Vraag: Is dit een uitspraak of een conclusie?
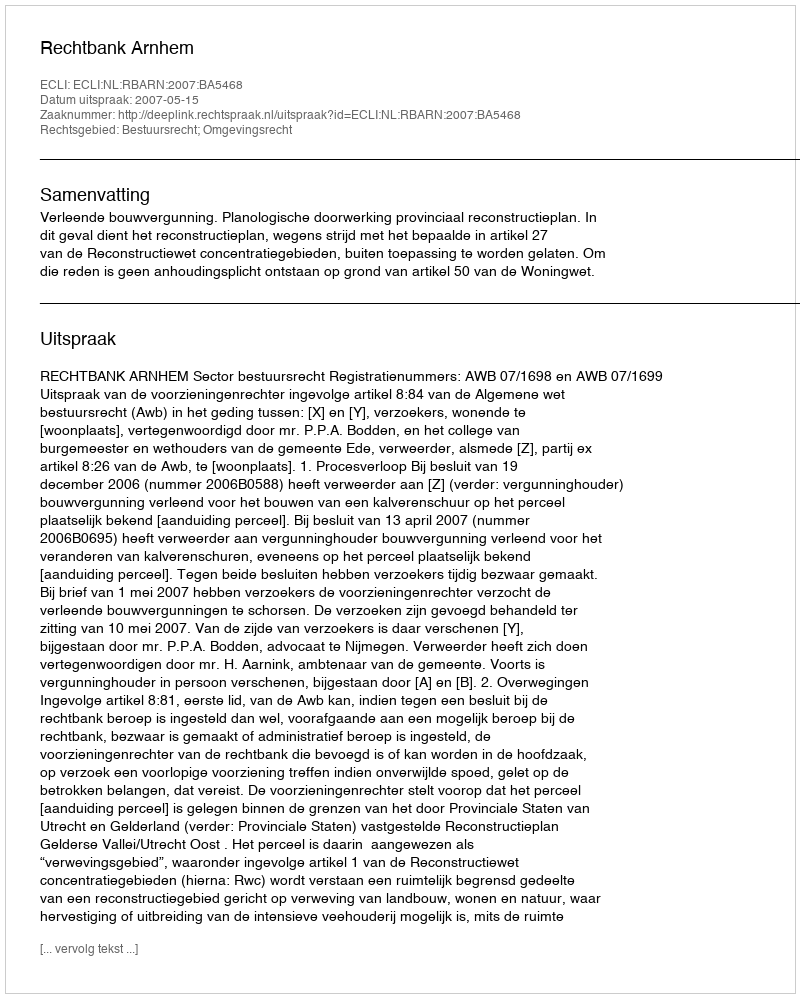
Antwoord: Uitspraak